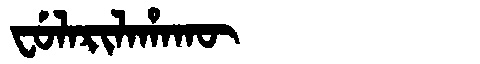
Manchu: ᠸᡠᠯᠠᡵᡳᠯᠠᡥᠠᡴᡡ
Romanization: FULARILAHAKŪ